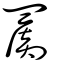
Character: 罽